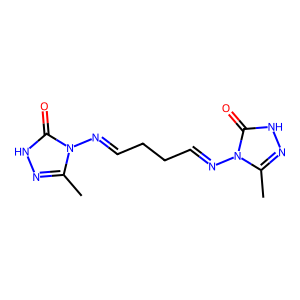
SMILES: Cc1n[nH]c(=O)n1N=CCCC=Nn1c(C)n[nH]c1=O
Inhibits HIV replication: No